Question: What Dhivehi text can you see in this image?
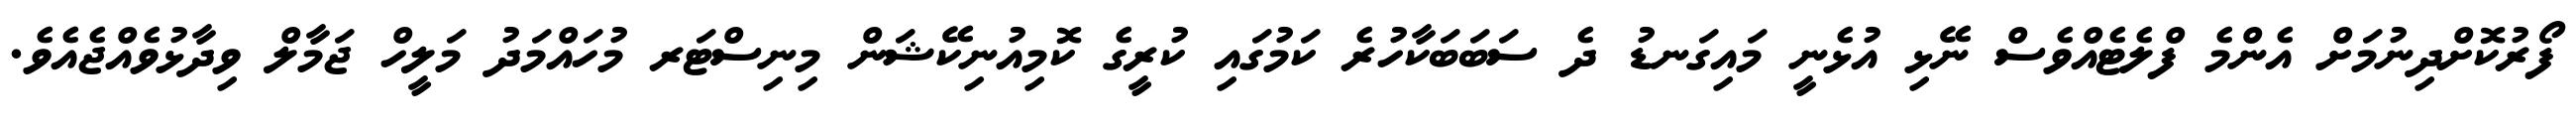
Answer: ފޯރުކޮށްދިނުމަށް އެންމެ ފްލެޓެއްވެސް ނޭޅި އުޅެނީ މައިގަނޑު ދެ ސަބަބަކާހުރެ ކަމުގައި ކުރީގެ ކޮމިއުނިކޭޝަން މިނިސްޓަރ މުހައްމަދު މަލީހް ޖަމާލް ވިދާޅުވެއްޖެއެވެ.